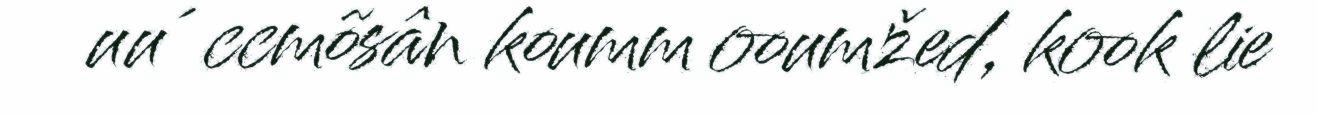
uu´ccmõsân koumm ooumžed, kook lie